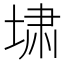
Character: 㙌